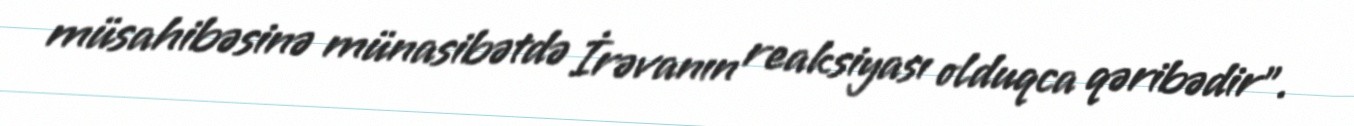
müsahibəsinə münasibətdə İrəvanın reaksiyası olduqca qəribədir”.